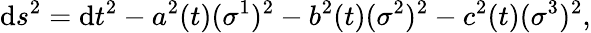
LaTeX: \mathrm{d}s^{2}=\mathrm{d}t^{2}-a^{2}(t)(\sigma^{1})^{2}-b^{2}(t)(\sigma^{2})^{2}-c^{2}(t)(\sigma^{3})^{2},